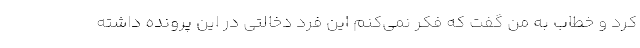
کرد و خطاب به من گفت که فکر نمی‌کنم این فرد دخالتی در این پرونده داشته